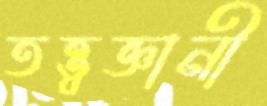
তত্ত্বজ্ঞানী